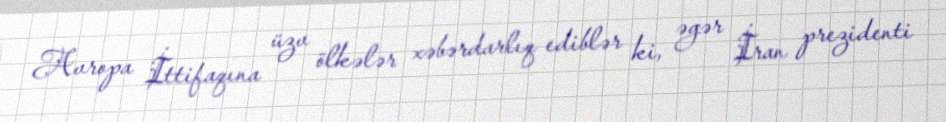
Avropa İttifaqına üzv ölkələr xəbərdarlıq ediblər ki, əgər İran prezidenti